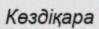
Көздіқара